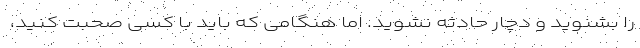
را بشنوید و دچار حادثه نشوید. اما هنگامی که باید با کسی صحبت کنید،